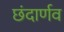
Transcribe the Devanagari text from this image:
छंदार्णव